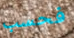
فحسب